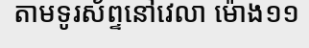
តាមទូរស័ព្ទនៅវេលា ម៉ោង១១